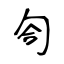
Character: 匌